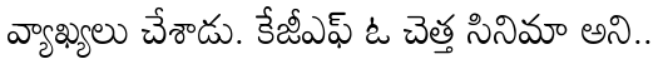
వ్యాఖ్యలు చేశాడు. కేజీఎఫ్ ఓ చెత్త సినిమా అని..